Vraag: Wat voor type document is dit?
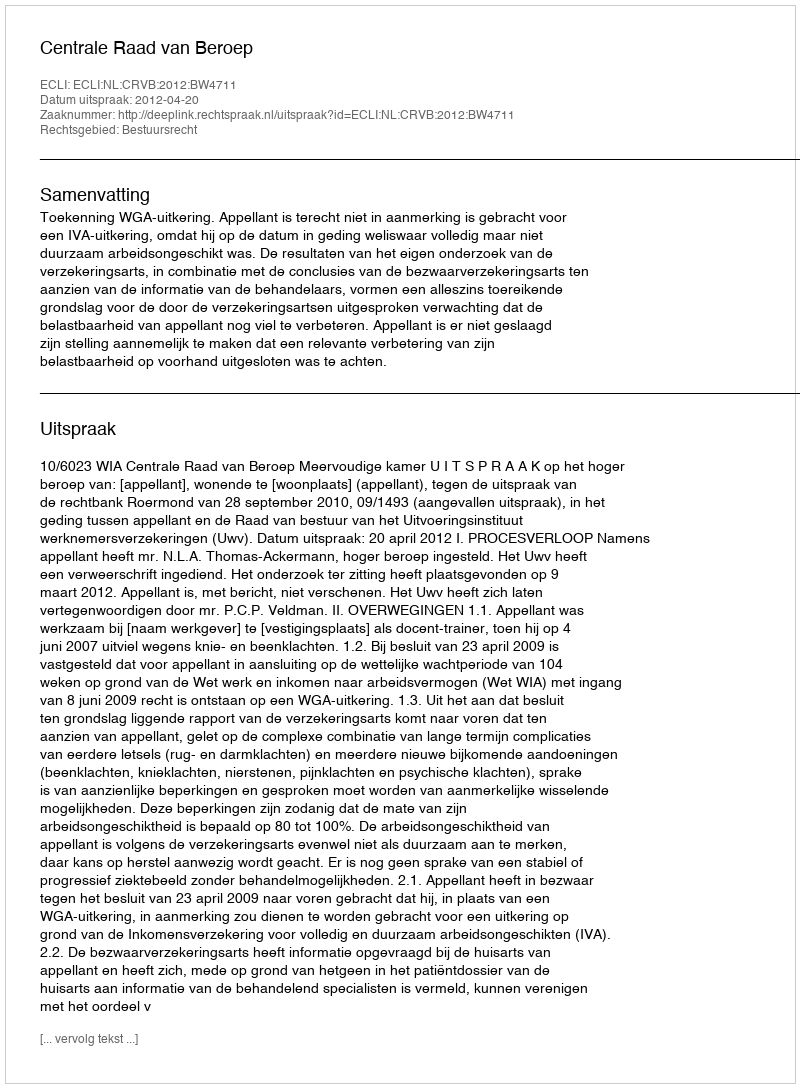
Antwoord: Uitspraak